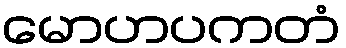
မောဟပကတံ